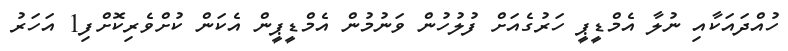
ހުއްދައަކާއި ނުލާ އެމްޑީޕީ ހަރުގެއަށް ފުލުހުން ވަނުމުން އެމްޑީޕީން އެކަން ކުށްވެރިކޮށްފި1 އަހަރު